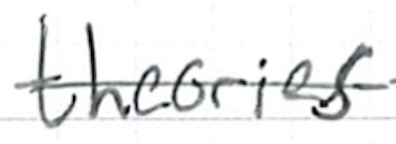
Text: theories
Cross-out: single-line
Writing tool: ballpoint